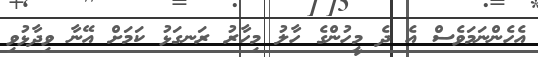
އެހެންނަމަވެސް އެ ދެ މީހުންގެ ހާލު މިހާރު ރަނގަޅު ކަމަށް އޭނާ ވިދާޅުވި